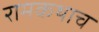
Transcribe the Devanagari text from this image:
रामकथाच